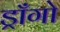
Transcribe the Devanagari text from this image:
ड्राँगो